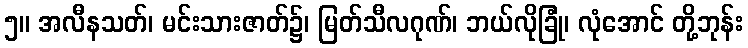
၅။ အလီနသတ်၊ မင်းသားဇာတ်၌၊ မြတ်သီလဂုဏ်၊ ဘယ်လိုခြုံ၊ လုံအောင် တို့ဘုန်း